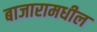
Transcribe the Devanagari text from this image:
बाजारामधील